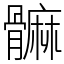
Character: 髍